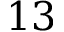
1 3